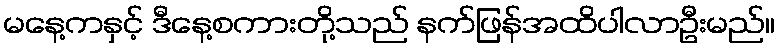
မနေ့ကနှင့် ဒီနေ့စကားတို့သည် နက်ဖြန်အထိပါလာဦးမည်။